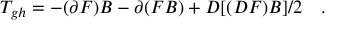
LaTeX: T _ { g h } = - ( \partial F ) B - \partial ( F B ) + D [ ( D F ) B ] / 2 \quad .